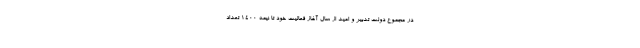
در مجموع دولت تدبیر و امید از سال آغاز فعالیت خود تا نیمه ۱۴۰۰ تعداد